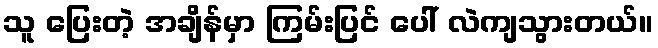
သူ ပြေးတဲ့ အချိန်မှာ ကြမ်းပြင် ပေါ် လဲကျသွားတယ်။